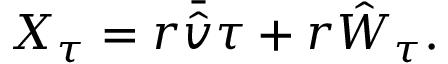
X _ { \tau } = r \bar { \hat { v } } \tau + r \hat { W } _ { \tau } .